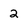
Character: 2